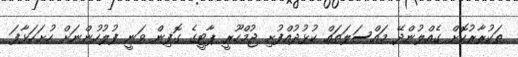
ތަކުރާރުކޮށް ގެއްލުންދޭ މައްސަލަތައް ކުޅުދުއްފުށި ޖުމްހޫރީ ޕާޓީގެ ގޮފިން ވަނީ ފުލުހުންނަށް ހުށަހަޅާފަ